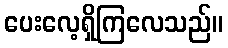
ပေးလေ့ရှိကြလေသည်။